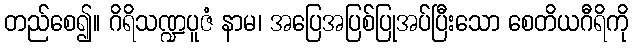
တည်စေ၍။ ဂိရိသဏ္ဍပူဇံ နာမ၊ အပြေအပြစ်ပြုအပ်ပြီးသော စေတိယဂီရိကို